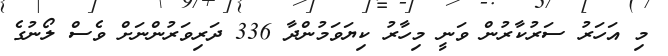
މި އަހަރު ސަރުކާރުން ވަނީ މިހާރު ކިޔަވަމުންދާ 336 ދަރިވަރުންނަށް ވެސް ލޯނުގެ